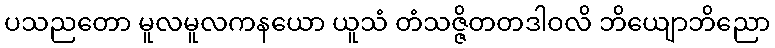
ပသညတော မူလမူလကနယော ယူသံ တံသဇ္ဇိတတဒါဝလိ ဘိယျောဘိညော